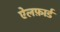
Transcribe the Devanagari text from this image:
ऐलफ़ार्ड